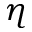
\eta